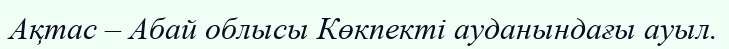
Ақтас – Абай облысы Көкпекті ауданындағы ауыл.